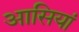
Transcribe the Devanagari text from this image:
आसियां